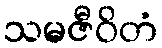
သမဇီဝိတံ